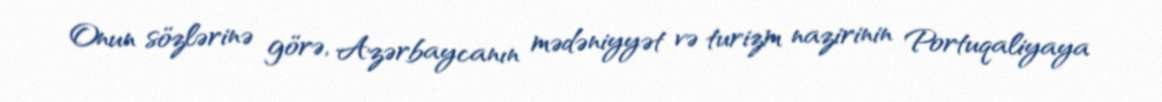
Onun sözlərinə görə, Azərbaycanın mədəniyyət və turizm nazirinin Portuqaliyaya